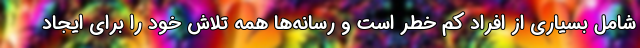
شامل بسیاری از افراد کم خطر است و رسانه‌ها همه تلاش خود را برای ایجاد